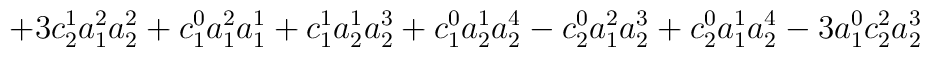
+3c_{2}^{1}a_{1}^{2}a_{2}^{2}+c_{1}^{0}a_{1}^{2}a_{1}^{1}+c_{1}^{1}a_{2}^{1}a_{2}^{3}+c_{1}^{0}a_{2}^{1}a_{2}^{4}-c_{2}^{0}a_{1}^{2}a_{2}^{3}+c_{2}^{0}a_{1}^{1}a_{2}^{4}-3a_{1}^{0}c_{2}^{2}a_{2}^{3}